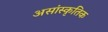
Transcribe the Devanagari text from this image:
असांस्कृतिक